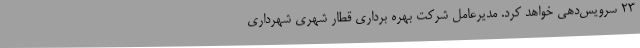
23 سرویس‌دهی خواهد کرد. مدیرعامل شرکت بهره برداری قطار شهری شهرداری